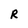
Character: R